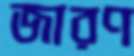
জারণ